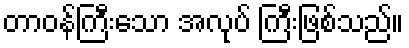
တာဝန်ကြီးသော အလုပ် ကြီးဖြစ်သည်။